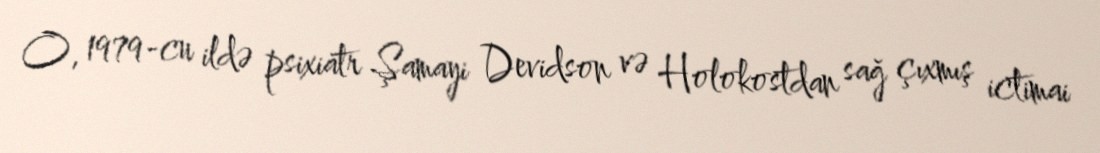
O, 1979-cu ildə psixiatr Şamayi Devidson və Holokostdan sağ çıxmış ictimai